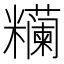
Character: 𰫖